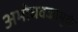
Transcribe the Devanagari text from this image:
अमोघवज्रामुळे